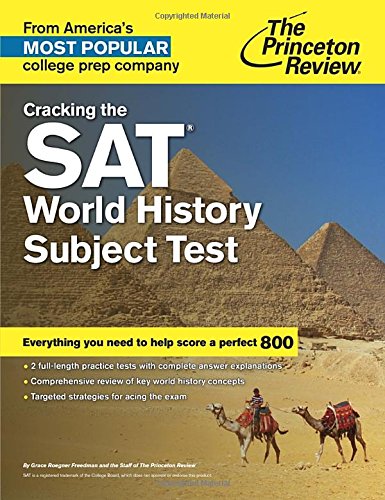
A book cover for Cracking the SAT World History Subject Test (College Test Preparation); Princeton Review; Test Preparation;